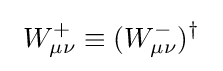
\ W_{\mu \nu }^{+}\equiv (W_{\mu \nu }^{-})^{\dagger }\